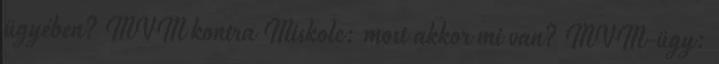
ügyében? MVM kontra Miskolc: most akkor mi van? MVM-ügy: